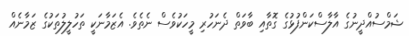
ޝަމްސުއްދީނުގެ އާލާސްކަންފުޅުގެ ގޮތާއި ބާވަތް ދެނަހުރި މީހަކުވެސް ނެތެވެ. އެޒަމާނަކީ ތަހުލީލުތަކުގެ ޒަމާނެއް